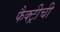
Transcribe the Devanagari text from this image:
फैक्ट्रीची